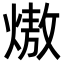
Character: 𭵶